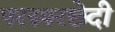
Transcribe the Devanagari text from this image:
परस्परछेदी